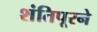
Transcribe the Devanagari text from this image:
शंतिपूरने